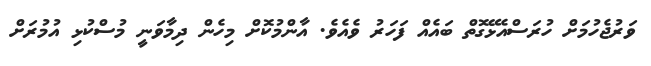
ވަރުޖެހުމަށް ހުރަސްއެޅޭގޮތް ބައެއް ފަހަރު ވެއެވެ. އާންމުކޮށް މިހެން ދިމާވަނީ މުސްކުޅި އުމުރަށް